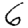
Digit: 6